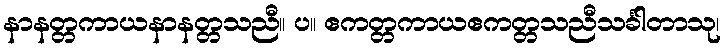
နာနတ္တကာယနာနတ္တသညီ။ ပ။ ဧကတ္တကာယဧကတ္တသညီသင်္ခါတာသု၊